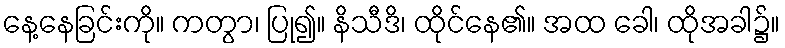
နေ့နေခြင်းကို။ ကတွာ၊ ပြု၍။ နိသီဒိ၊ ထိုင်နေ၏။ အထ ခေါ၊ ထိုအခါ၌။